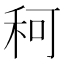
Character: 𥞍